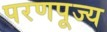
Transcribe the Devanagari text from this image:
परणपूज्य